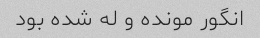
انگور مونده و‌ له شده بود